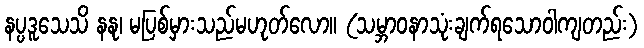
နပ္ပဒူသေသိ နနု၊ မပြစ်မှားသည်မဟုတ်လော။ (သမ္ဘာဝနာသုံးချက်ရသောဝါကျတည်း)